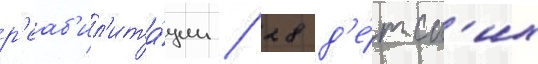
р'еаб'ил'ита́ции / 28 д'е́тск'их